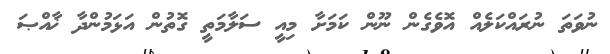
ނުވަތަ ނުރައްކަލެއް އޮވެގެން ނޫން ކަމަށާ މިއީ ސަލާމަތީ ގޮތުން އަޅަމުންދާ ޚާއްޞަ